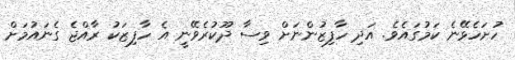
ހުށަހެޅޭނެ ކަމުގައެވެ. އަދި ހާފިޒުންނަށް ވިސާ ދޫކުރެވޭނީ އެ ހާފިޒަކު ރާއްޖެ ގެނައުމަށް